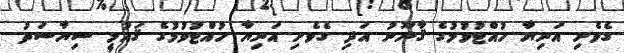
ގެވެށި އަނިޔާ ހުއްޓުވުމުގެ ޤާނޫނު އަދި ގެވެށި އަނިޔާ ހުއްޓުވުމުގެ ޤައުމީ ސިޔާސަތު